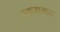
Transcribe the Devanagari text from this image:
रकमगढ